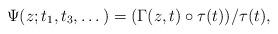
LaTeX: \begin{gather*}\Psi(z;t_{1},t_{3},\dots)=(\Gamma(z,t)\circ\tau(t))/\tau(t),\end{gather*}